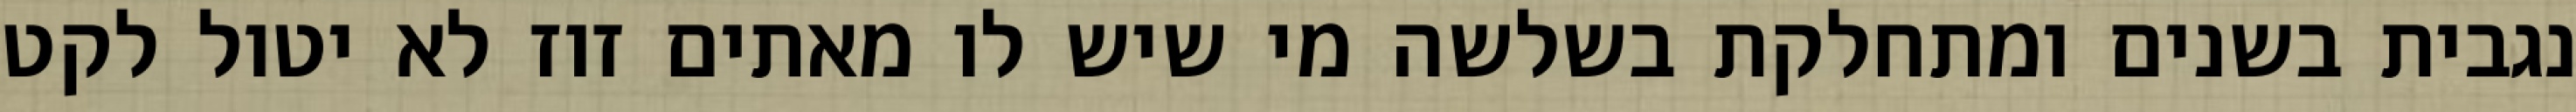
נגבית בשנים ומתחלקת בשלשה מי שיש לו מאתים זוז לא יטול לקט